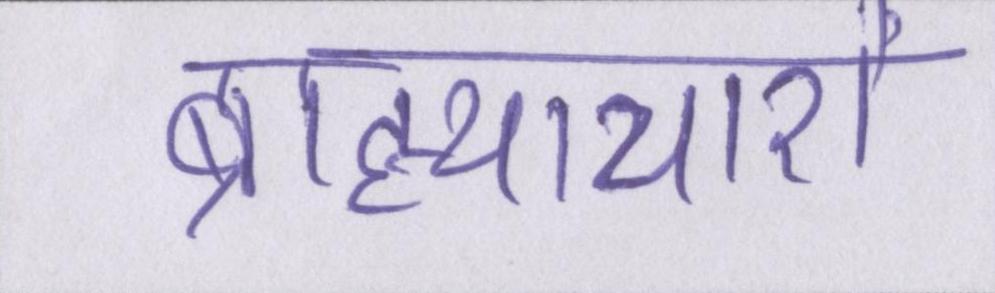
ब्राह्याचारों